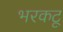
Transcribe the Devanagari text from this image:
भरकटू